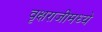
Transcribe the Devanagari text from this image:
वृक्षराजीमध्ये